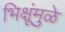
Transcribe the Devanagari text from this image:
भिक्षूंमुळे